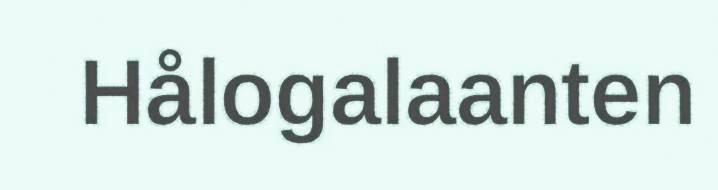
Hålogalaanten